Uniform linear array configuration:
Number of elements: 48
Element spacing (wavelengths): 0.5
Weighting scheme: blackman
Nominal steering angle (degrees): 60
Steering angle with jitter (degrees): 59.383
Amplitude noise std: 0.05
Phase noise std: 0.05

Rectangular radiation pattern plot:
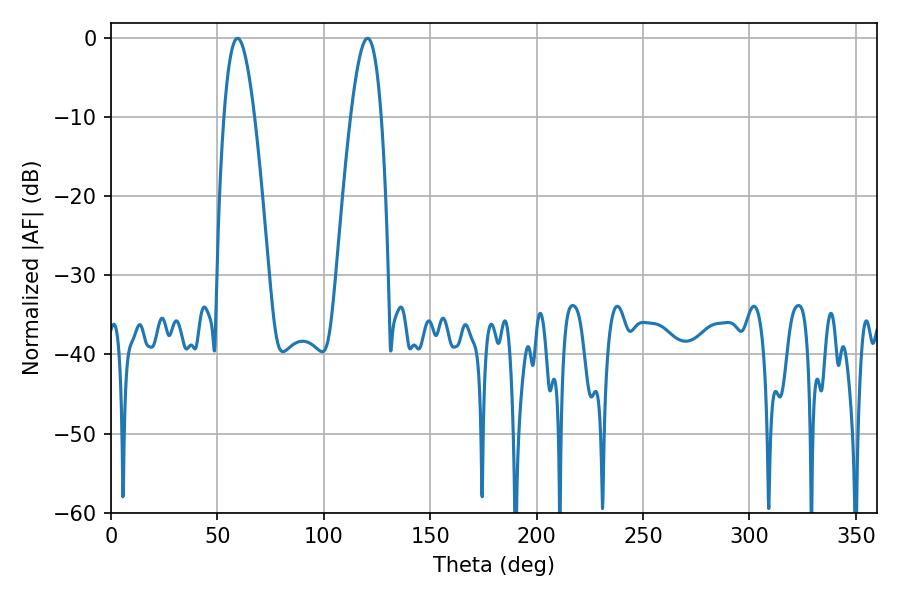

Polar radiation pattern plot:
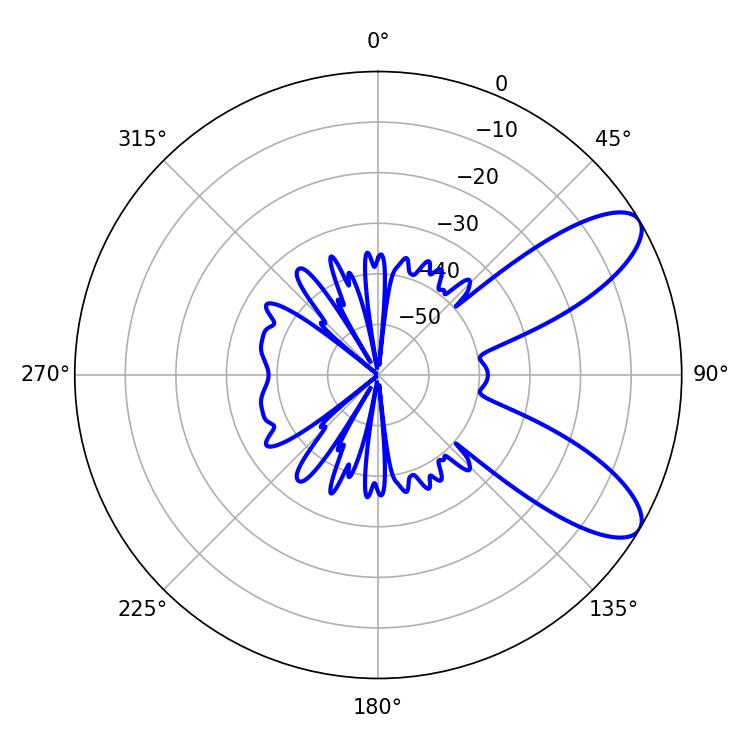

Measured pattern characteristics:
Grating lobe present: FALSE
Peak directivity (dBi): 8.936
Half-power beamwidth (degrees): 7.74
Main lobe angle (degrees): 59.4